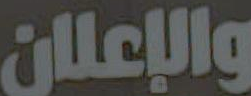
والإعلان